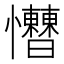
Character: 𢥱